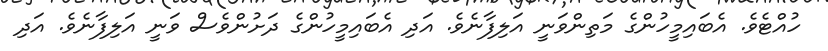
ހުއްޓެވެ. އެބައިމީހުންގެ މަތިންވަނީ އަލިފާނެވެ. އަދި އެބައިމީހުންގެ ދަށުންވެސް ވަނީ އަލިފާނެވެ. އަދި